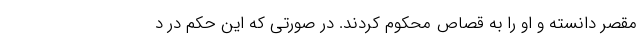
مقصر دانسته و او را به قصاص محکوم کردند. در صورتی که این حکم در د